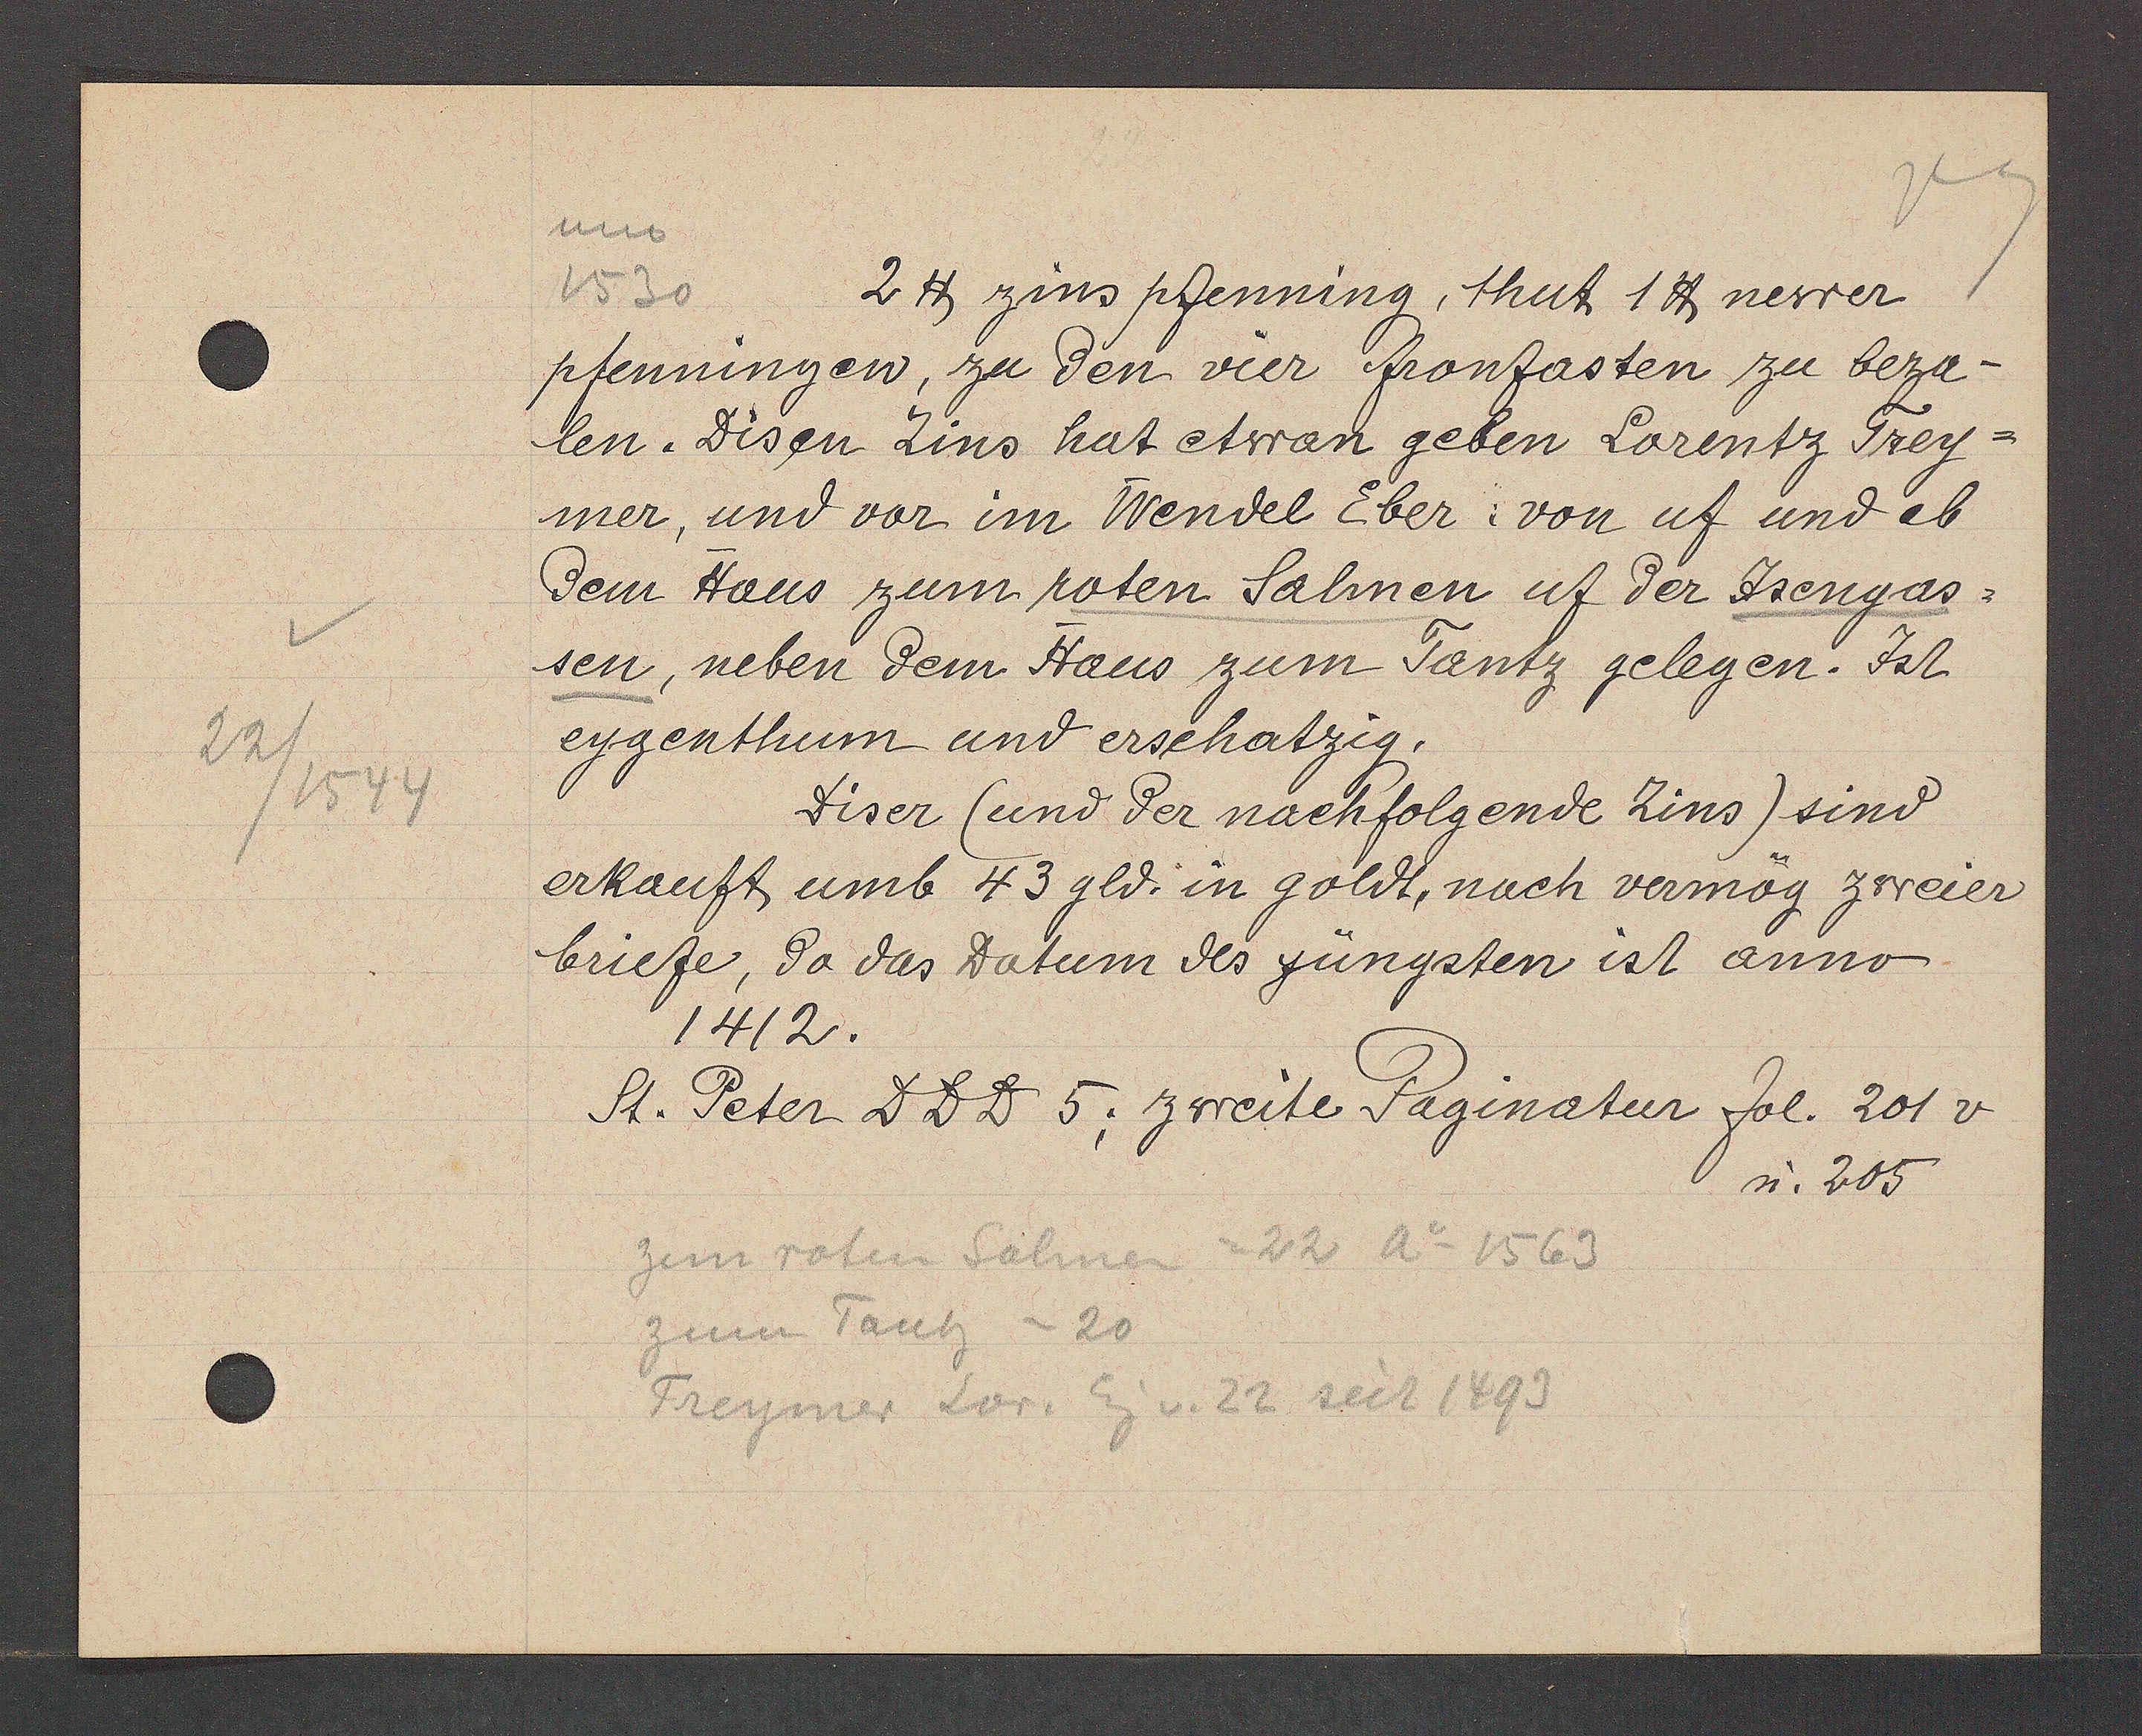
Transcript:
22/1544

ano
1530 2 ℔ zins pfenning, thut 1 lb newer
pfenningen, zu den vier fronfasten zu beza-
len. Disen Zins hat etwan geben Lorentz Trey-
mer, und vor im Wendel Eber; von uf und ab
dem Haus zum roten Salmen uf der Jsengas-
sen, neben dem Haus zum Tantz gelegen. Jst
eygenthum und erschatzig.
Diser (und der nachfolgende Zins) sind
erkauft umb 43 gld. in goldt, nach vermög zweier
briefe, da das Datum des jüngsten ist anno
1412.
St. Peter D D D 5; zweite Paginatur fol. 201 v
u. 205
zum roten Salmen = 22 Ao 1563
zum Tantz = 20
Treymer Lor. Eg v. 22 seit 1493